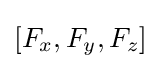
[F_{x},F_{y},F_{z}]